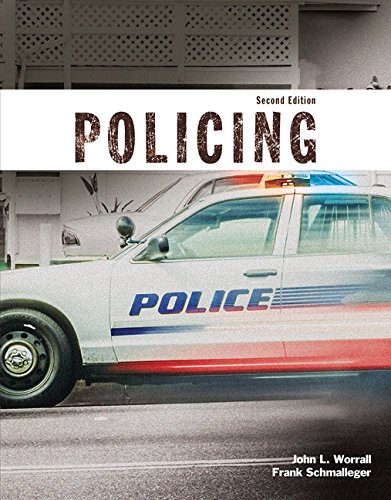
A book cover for Policing (2nd Edition); John L. Worrall; Law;